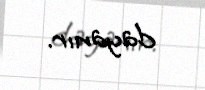
dayanır.